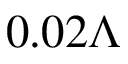
0 . 0 2 \Lambda